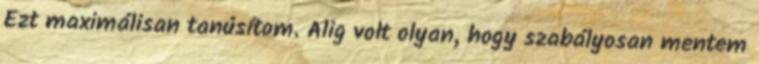
Ezt maximálisan tanúsítom. Alig volt olyan, hogy szabályosan mentem